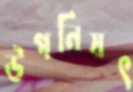
উপনিষৎ